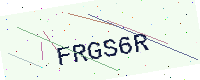
Text: FRGS6R